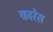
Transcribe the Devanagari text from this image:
कारेस